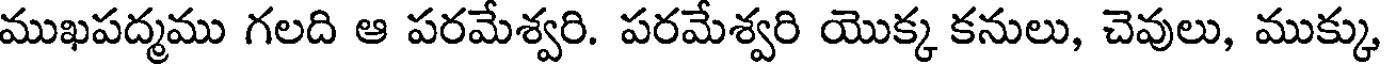
ముఖపద్మము గలది ఆ పరమేశ్వరి. పరమేశ్వరి యొక్క కనులు, చెవులు, ముక్కు